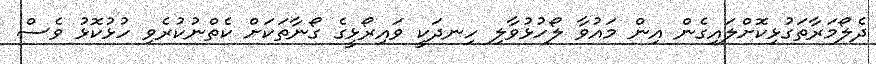
ދެލޯމަރާތަގުޅިކޮށްލައިގެން އިން މައުވާ ލޯހުޅުވާލި ހިނދަކީ ވައިރޯޅީގެ ގޯނާތަކަށް ކެތްނުކުރެވި ހުޅުކޮޅު ވެސް